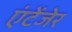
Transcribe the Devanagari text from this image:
एंटेंजेर